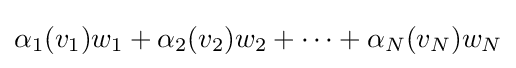
\alpha _{1}(v_{1})w_{1}+\alpha _{2}(v_{2})w_{2}+\cdots +\alpha _{N}(v_{N})w_{N}